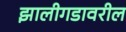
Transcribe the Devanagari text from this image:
झालीगडावरील